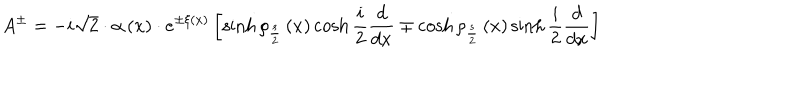
LaTeX: A ^ { \pm } = - i \sqrt { 2 } \cdot \alpha \left( x \right) \cdot e ^ { \pm \xi \left( x \right) } \left[ \sinh \rho _ { \frac { s } { 2 } } \left( x \right) \cosh \frac { i } { 2 } \frac { d } { d x } \mp \cosh \rho _ { \frac { s } { 2 } } \left( x \right) \sinh \frac { i } { 2 } \frac { d } { d x } \right]